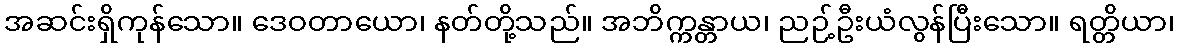
အဆင်းရှိကုန်သော။ ဒေဝတာယော၊ နတ်တို့သည်။ အဘိက္ကန္တာယ၊ ညဉ့်ဦးယံလွန်ပြီးသော။ ရတ္တိယာ၊